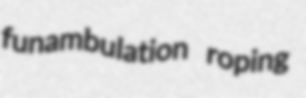
funambulation roping